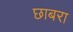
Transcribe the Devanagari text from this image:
छाबरा